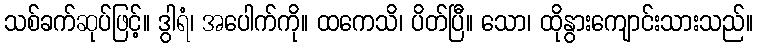
သစ်ခက်ဆုပ်ဖြင့်။ ဒွါရံ၊ အပေါက်ကို။ ထကေသိ၊ ပိတ်ပြီ။ သော၊ ထိုနွားကျောင်းသားသည်။